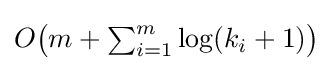
{\textstyle O{\bigl (}m+\sum _{i=1}^{m}\log(k_{i}+1){\bigr )}}